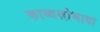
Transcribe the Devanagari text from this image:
काव्यशोभाया